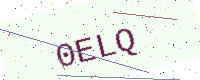
Text: 0ELQ